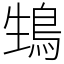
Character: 䲼